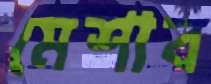
মেশাব